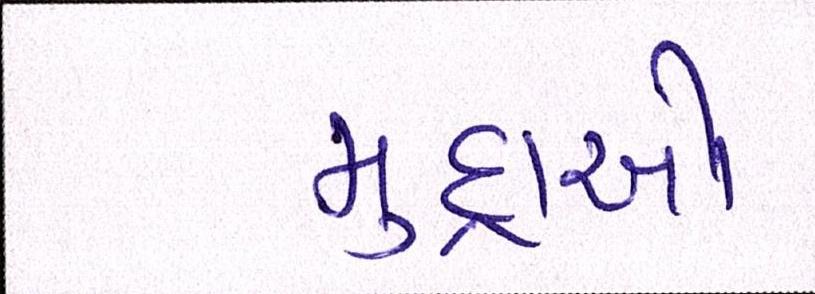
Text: મુદ્દાઓ